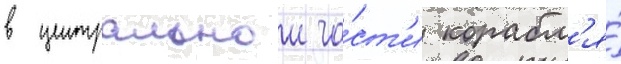
в центральнои ча́ст'и корабл'я́